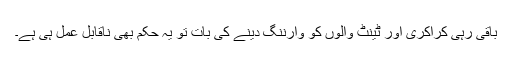
باقی رہی کراکری اور ٹینٹ والوں کو وارننگ دینے کی بات تو یہ حکم بھی ناقابل عمل ہی ہے۔